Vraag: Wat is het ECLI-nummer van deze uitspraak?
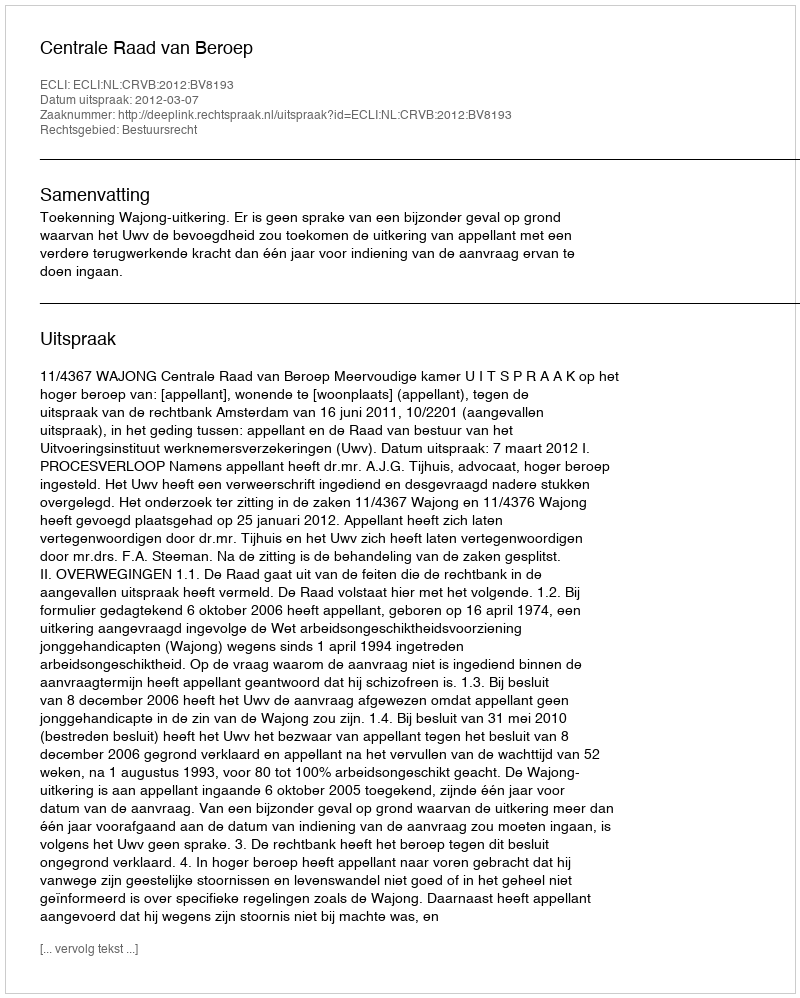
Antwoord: ECLI:NL:CRVB:2012:BV8193